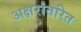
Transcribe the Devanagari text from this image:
अक्षरांतरित